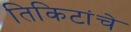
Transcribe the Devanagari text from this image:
तिकिटांचे